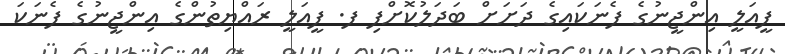
ފީއަލީ އިންޖީނުގެ ފެނަކައިގެ ދަށަށް ބަދަލުކޮށްފި ފ. ފީއަލީ ރައްޔިތުންގެ އިންޖީނުގެ ފެނަކަ